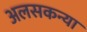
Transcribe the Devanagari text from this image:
अलसकन्या